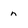
Character: n